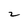
Character: 2